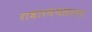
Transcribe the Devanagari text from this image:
राधारमणसागर